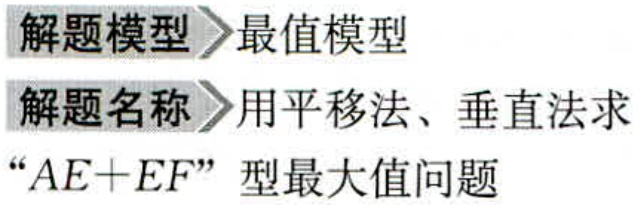
解题模型 最值模型

解题名称 用平移法、垂直法求

“\(AE + EF\)”型最大值问题